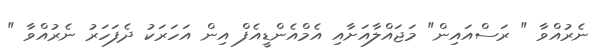
ނެރުއްވާ " ރަސްއައިން" މަޖައްލާއަށާއި އެމްއެންޑީއެފް އިން އަހަރަކު ދެފަހަރު ނެރުއްވާ "